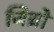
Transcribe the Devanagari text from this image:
जिथ्रो